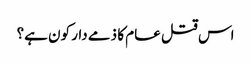
اس قتل عام کا ذمے دار کون ہے؟